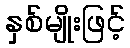
နှစ်မျိုးဖြင့်